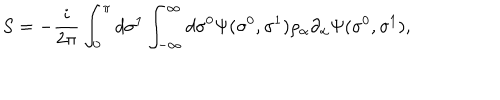
S = - \frac { i } { 2 \pi } \int _ { 0 } ^ { \pi } d \sigma ^ { 1 } \int _ { - \infty } ^ { \infty } d \sigma ^ { 0 } \Psi ( \sigma ^ { 0 } , \sigma ^ { 1 } ) \rho _ { \alpha } \partial _ { \alpha } \Psi ( \sigma ^ { 0 } , \sigma ^ { 1 } ) ,